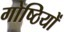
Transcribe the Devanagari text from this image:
गोष्‍ठियों